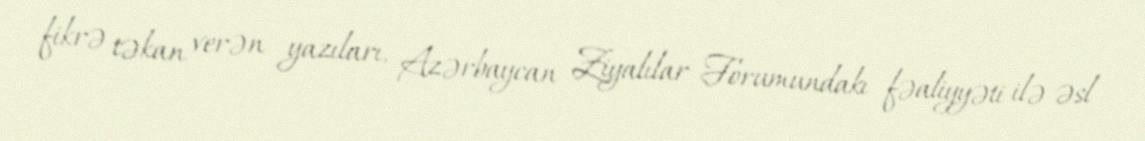
fikrə təkan verən yazıları, Azərbaycan Ziyalılar Forumundakı fəaliyyəti ilə əsl